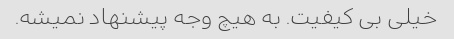
خیلی بی کیفیت. به هیچ وجه پیشنهاد نمیشه.